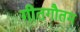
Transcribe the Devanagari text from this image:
गीतगौतम